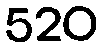
520